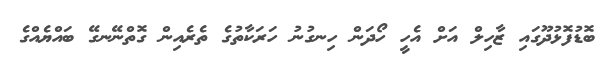
ބޮޑުފޮޅުދޫގައި ޒާހިލް އަށް އެހީ ހޯދަން ހިނގުނު ހަރަކާތުގެ ތެރެއިން ގޮތްނޭނގޭ ބައްޔެއްގެ